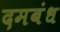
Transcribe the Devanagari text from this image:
दमबंध